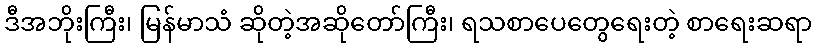
ဒီအဘိုးကြီး၊ မြန်မာသံ ဆိုတဲ့အဆိုတော်ကြီး၊ ရသစာပေတွေရေးတဲ့ စာရေးဆရာ